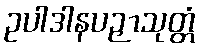
ဥပါဒါနပဉှာသုတ္တံ